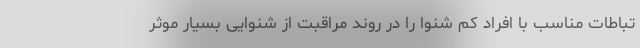
تباطات مناسب با افراد کم شنوا را در روند مراقبت از شنوایی بسیار موثر